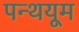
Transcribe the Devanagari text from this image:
पन्थयूम